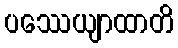
ပဿေယျာထာတိ